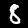
Label: 8